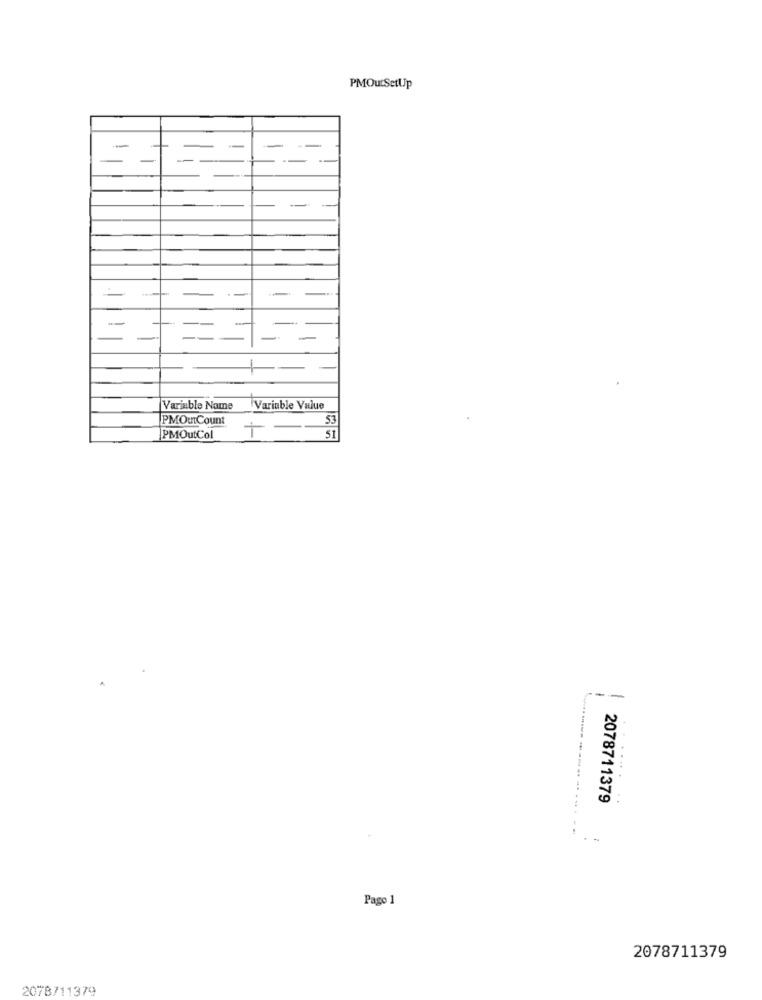
PMOutSetUp
-
Variable Name
Variable Value
PMOutCount
53
PMOutCol
51
---
----
.....
2078711379
Pago 1
2078711379
2078711379